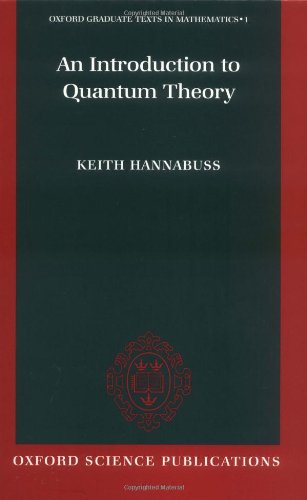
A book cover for An Introduction to Quantum Theory (Oxford Graduate Texts in Mathematics); Keith Hannabuss; Science & Math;